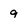
Character: 9